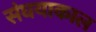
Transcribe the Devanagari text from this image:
संघयाकाल